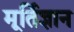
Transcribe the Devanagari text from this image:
मूर्तिज्ञान